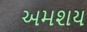
અમશય